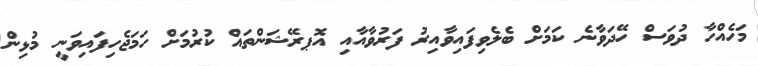
މަހެއްހާ ދުވަސް ހޭދަވާނެ ކަމަށް ބެލެވިފައިވާއިރު ފަރުވާއާއި އޮޕރޭޝަންތައް ކުރުމަށް ހަމަޖެހިފައިވަނީ މުޅިން